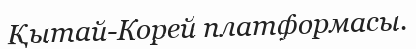
Қытай-Корей платформасы.